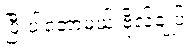
ပြီးပါတော့မယ် ဗိုလ်ချုပ်